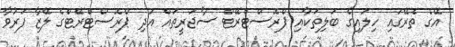
އޭގެ ތެރޭގައި ހިލައިގެ ބަލިތަކާއި ޕްރޮސްޓްރޭޓް ސާޖަރީތައް އަދި ޕްރޮސްޓްރޭޓްގެ ލޭޒާ ފަރުވާ